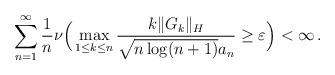
LaTeX: \begin{align*}\sum_{n=1}^\infty \frac{1}{n}{\mathbb \nu}\Big ( \max_{1 \leq k \leq n} \frac{k\|G_k\|_H}{\sqrt{n \log (n+1)} a_n} \geq \varepsilon\Big ) < \infty \, .\end{align*}